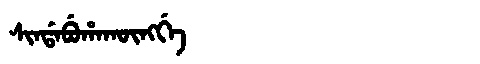
Manchu: ᠰᡳᠨᡩᠠᠪᡠᡥᠠᡴᡡᠩᡤᡝ
Romanization: SINDABUHAKŪNGGE